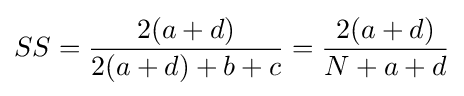
SS={\frac {2(a+d)}{2(a+d)+b+c}}={\frac {2(a+d)}{N+a+d}}